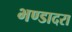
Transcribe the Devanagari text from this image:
भण्डादरा